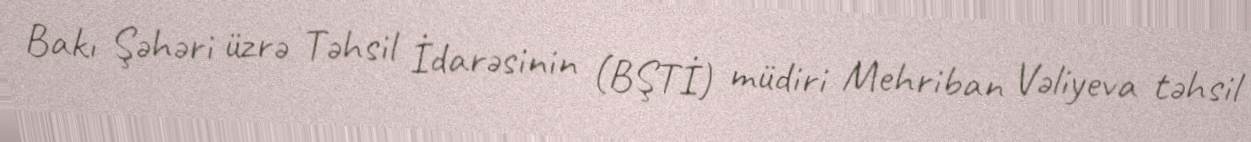
Bakı Şəhəri üzrə Təhsil İdarəsinin (BŞTİ) müdiri Mehriban Vəliyeva təhsil